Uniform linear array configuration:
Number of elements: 4
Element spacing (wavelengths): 0.25
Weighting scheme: blackman
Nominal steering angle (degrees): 45
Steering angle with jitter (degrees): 44.593
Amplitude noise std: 0.05
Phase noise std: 0.05

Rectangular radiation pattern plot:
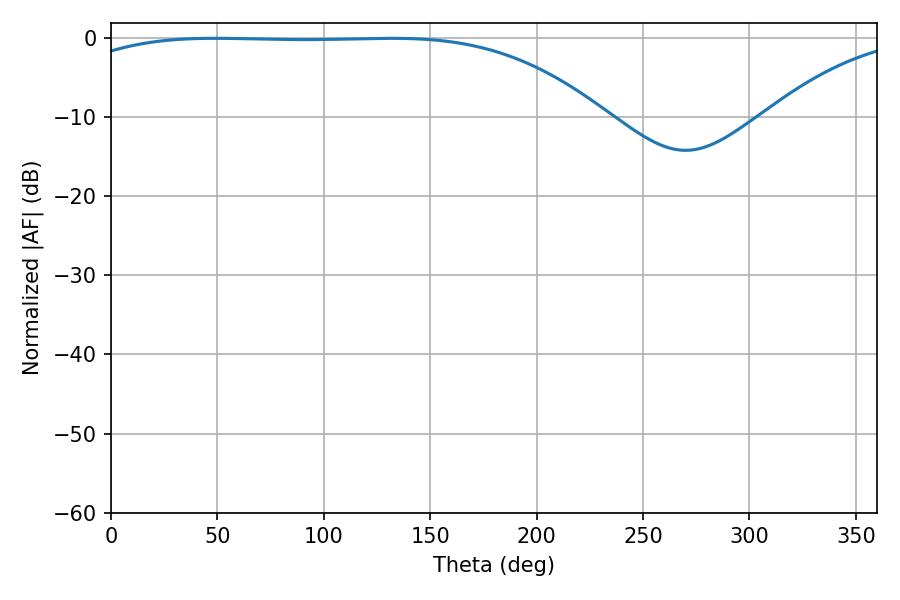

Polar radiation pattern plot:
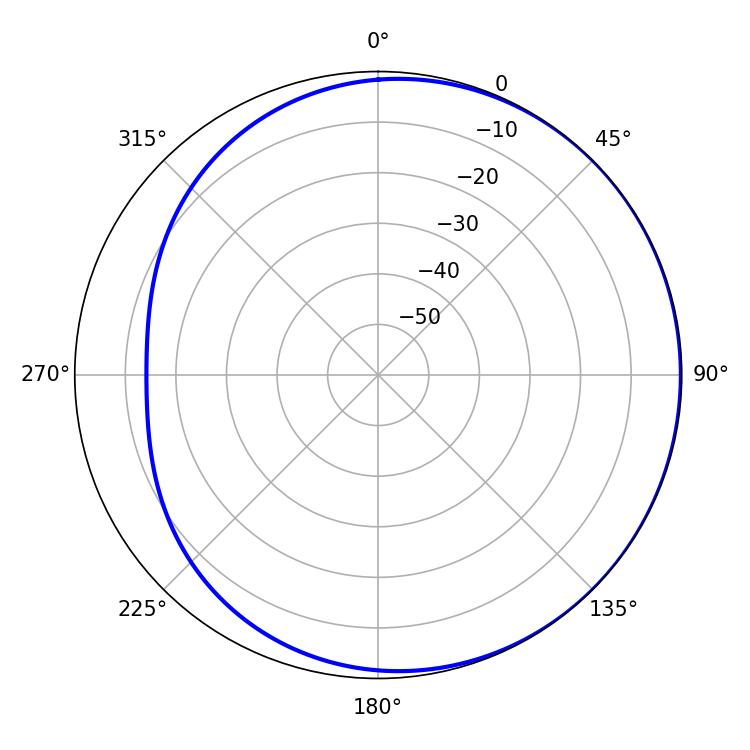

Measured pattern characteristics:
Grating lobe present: FALSE
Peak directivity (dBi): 0.8474
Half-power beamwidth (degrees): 194.4
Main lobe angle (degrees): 48.78